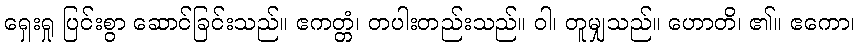
ရှေးရှု ပြင်းစွာ ဆောင်ခြင်းသည်။ ဧကတ္တံ၊ တပါးတည်းသည်။ ဝါ၊ တူမျှသည်။ ဟောတိ၊ ၏။ ဧကော၊